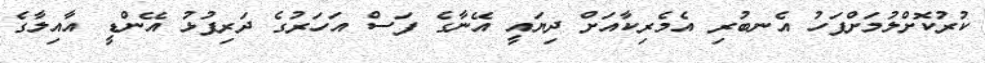
ކުރުކޮށްލުމަށްފަހު އެނބުރި އެމެރިކާއަށް ދިޔައީ އޭނާގެ ފަސް އަހަރުގެ ދަރިފުޅު އޭންޑީ އާއިލާގެ